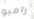
رامبو